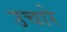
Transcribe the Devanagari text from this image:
उचारे